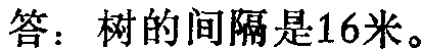
答：树的间隔是16米。